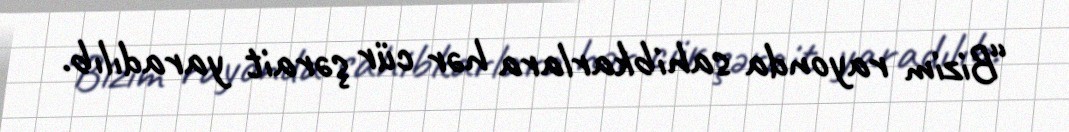
“Bizim rayonda sahibkarlara hər cür şərait yaradılıb.